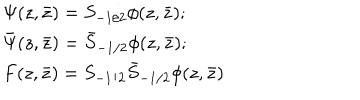
LaTeX: \begin{array} { l } { { \Psi ( z , \bar { z } ) = S _ { - 1 / 2 } \phi ( z , \bar { z } ) ; } } \\ { { \bar { \Psi } ( z , \bar { z } ) = \bar { S } _ { - 1 / 2 } \phi ( z , \bar { z } ) ; } } \\ { { F ( z , \bar { z } ) = S _ { - 1 / 2 } \bar { S } _ { - 1 / 2 } \phi ( z , \bar { z } ) } } \\ \end{array}